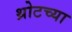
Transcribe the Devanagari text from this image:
थ्रोटच्या